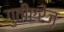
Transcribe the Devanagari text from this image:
गुतीएरेज़